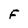
Character: F